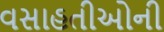
વસાહતીઓની